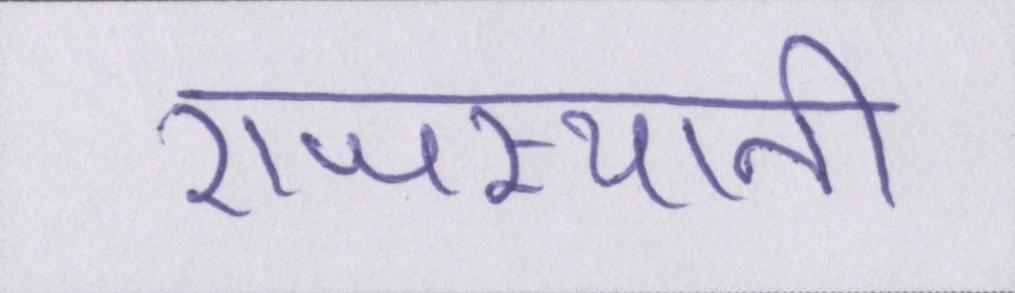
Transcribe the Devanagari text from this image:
राजस्थानी